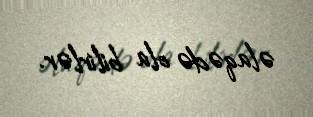
əlaqədə ola bilirlər.